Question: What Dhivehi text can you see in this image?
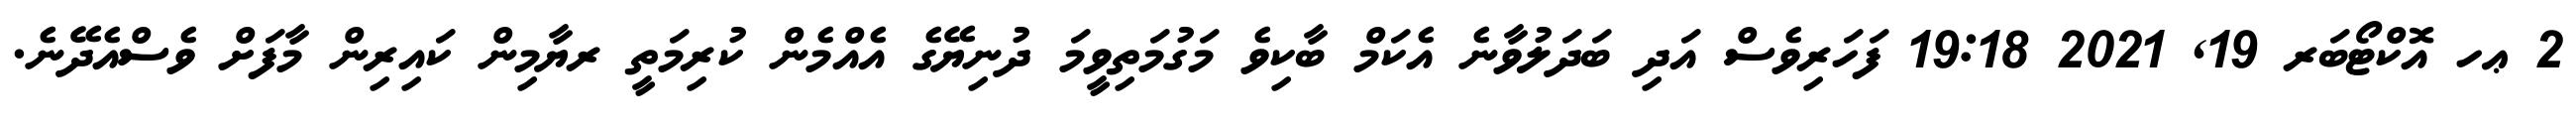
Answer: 2 ޢހ އޮކްޓޯބަރ 19, 2021 19:18 ފަހަރިވެސް އަދި ބަދަލުވާނެ އެކަމް ބާކިވެ މަގުމަތިވީމަ ދުނިޔޭގެ އެއްމެން ކުރިމަތީ ރޔާމިން ކައިރިން މާފަށް ވެސްއެދޭނެ.